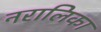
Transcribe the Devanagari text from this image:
नरालिका